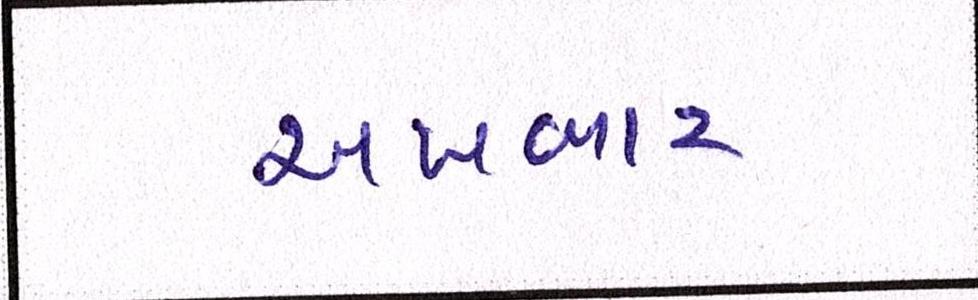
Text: અખબાર